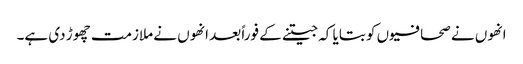
انھوں نے صحافیوں کو بتایا کہ جیتنے کے فوراً بعد انھوں نے ملازمت چھوڑ دی ہے۔